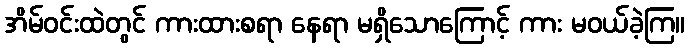
အိမ်ဝင်းထဲတွင် ကားထားစရာ နေရာ မရှိသောကြောင့် ကား မဝယ်ခဲ့ကြ။